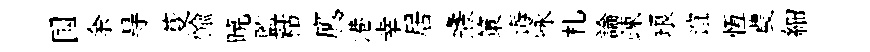
国余㝵芟愉暁監䊀鹰港幸居燾策诲咏札論疎琅谊恆農細